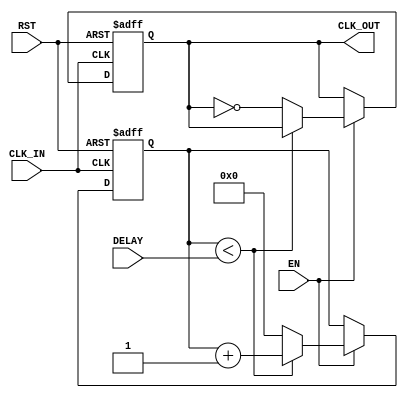
module DelayClockBuffer (
    input wire CLK_IN,      // Input clock signal
    input wire EN,         // Enable signal
    input wire RST,        // Asynchronous reset signal
    input wire [3:0] DELAY, // Delay control (4-bit for 16 levels of delay)
    output reg CLK_OUT      // Output clock signal
);

    // Internal signal to hold the delayed clock
    reg [3:0] delay_counter; // Counter for delay control

    // Asynchronous reset and enable logic
    always @(posedge CLK_IN or posedge RST) begin
        if (RST) begin
            CLK_OUT <= 1'b0; // Reset output clock to known state
            delay_counter <= 4'b0; // Reset delay counter
        end else if (EN) begin
            // Increment the delay counter based on DELAY setting
            if (delay_counter < DELAY) begin
                delay_counter <= delay_counter + 1;
            end else begin
                // Output the clock signal after the specified delay
                CLK_OUT <= ~CLK_OUT; // Toggle output clock
                delay_counter <= 4'b0; // Reset counter after toggling
            end
        end
    end

    // Initialize output clock
    initial begin
        CLK_OUT = 1'b0; // Start with output clock low
    end

endmodule